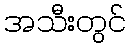
အသီးတွင်